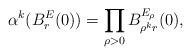
LaTeX: \begin{align*}\alpha^k(B^E_r(0))=\prod_{\rho>0}B_{\rho^k r}^{E_\rho}(0),\end{align*}